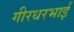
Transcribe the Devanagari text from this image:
गीरधरभाई